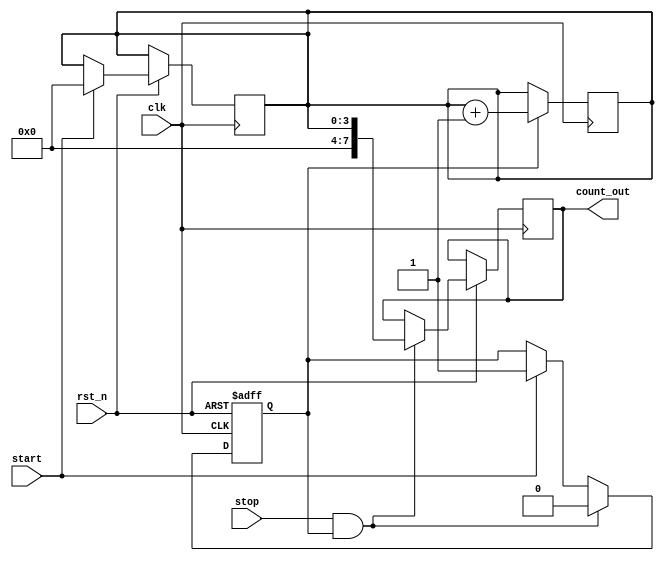
module TDC (
    input wire clk,            // Clock input
    input wire rst_n,         // Active-low reset
    input wire start,         // Start signal
    input wire stop,          // Stop signal
    output reg [7:0] count_out // 8-bit output count
);

    // Parameters
    parameter DELAY_LINE_SIZE = 16; // Number of delay elements
    parameter DELAY_UNIT = 1;        // Delay unit (can be adjusted)

    // Delay line array
    reg [DELAY_LINE_SIZE-1:0] delay_line;
    reg [3:0] counter;               // 4-bit counter to count delay stages
    reg start_latched;               // Latch for start signal
    reg counting;                    // State to indicate counting

    // Initialize the delay line and counter
    initial begin
        delay_line = 0;
        counter = 0;
        count_out = 0;
        start_latched = 0;
        counting = 0;
    end

    // Delay line generation
    always @(posedge clk or negedge rst_n) begin
        if (!rst_n) begin
            delay_line <= 0;
        end else begin
            // Shift the delay line
            delay_line <= {delay_line[DELAY_LINE_SIZE-2:0], 1'b0};
            // Introduce a new delay element when counting
            if (counting) begin
                delay_line[0] <= start_latched;
            end
        end
    end

    // Start signal handling
    always @(posedge clk or negedge rst_n) begin
        if (!rst_n) begin
            start_latched <= 0;
            counting <= 0;
        end else begin
            if (start) begin
                start_latched <= 1;
                counting <= 1; // Start counting
                counter <= 0;  // Reset counter
            end
            if (stop && counting) begin
                counting <= 0; // Stop counting
                count_out <= counter; // Latch the count value
            end
        end
    end

    // Counter logic
    always @(posedge clk) begin
        if (counting) begin
            // Count the number of delay stages activated
            counter <= counter + 1;
        end
    end

endmodule